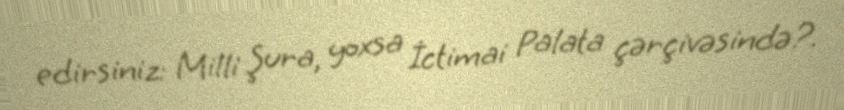
edirsiniz: Milli Şura, yoxsa İctimai Palata çərçivəsində?.